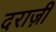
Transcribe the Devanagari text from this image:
दराज़ी